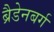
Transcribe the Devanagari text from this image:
ब्रैडेनबर्ग